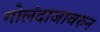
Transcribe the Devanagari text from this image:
गोलंदाजावरुन